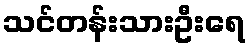
သင်တန်းသားဦးရေ